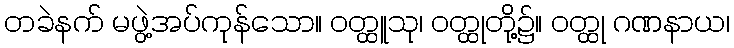
တခဲနက် မဖွဲ့အပ်ကုန်သော။ ဝတ္ထူသု၊ ဝတ္ထုတို့၌။ ဝတ္ထု ဂဏနာယ၊